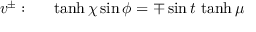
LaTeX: v ^ { \pm } : ~ ~ ~ ~ \operatorname { t a n h } \chi \sin \phi = \mp \sin t \, \operatorname { t a n h } \mu